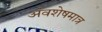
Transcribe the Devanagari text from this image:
अंवशेषमात्र